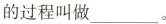
的过程叫做___。